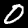
Label: 0